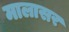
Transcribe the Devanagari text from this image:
मालासर